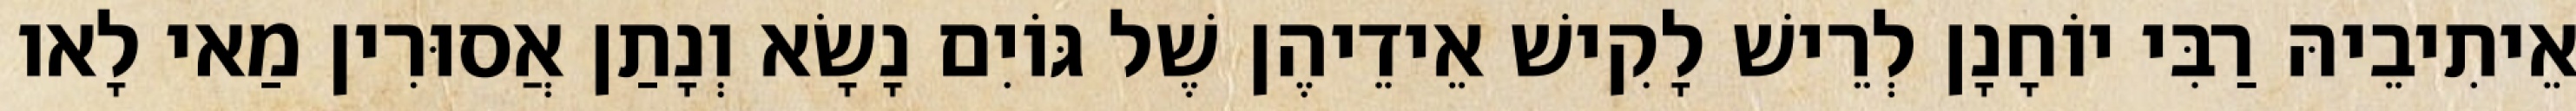
אֵיתִיבֵיהּ רַבִּי יוֹחָנָן לְרֵישׁ לָקִישׁ אֵידֵיהֶן שֶׁל גּוֹיִם נָשָׂא וְנָתַן אֲסוּרִין מַאי לָאו